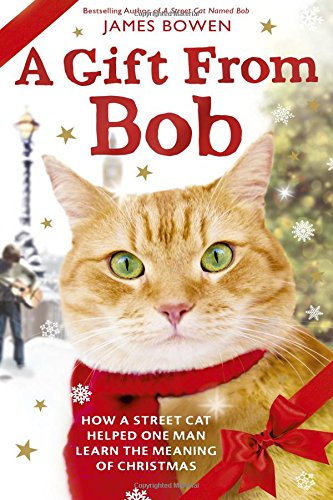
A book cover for A Gift from Bob: How a Street Cat Helped One Man Learn the Meaning of Christmas; James Bowen; Crafts, Hobbies & Home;